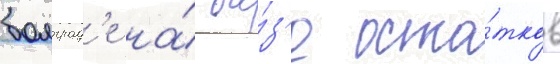
болград'е на́ ба́з'е оста́тков